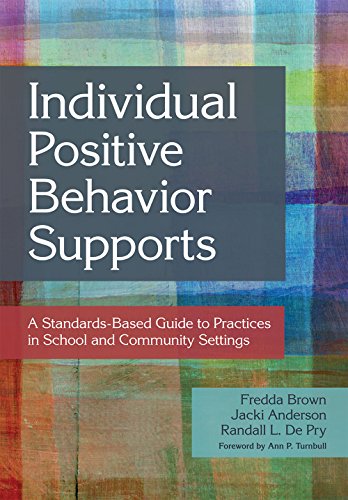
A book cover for Individual Positive Behavior Supports: A Standards-Based Guide to Practices in School and Community Settings; Science & Math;